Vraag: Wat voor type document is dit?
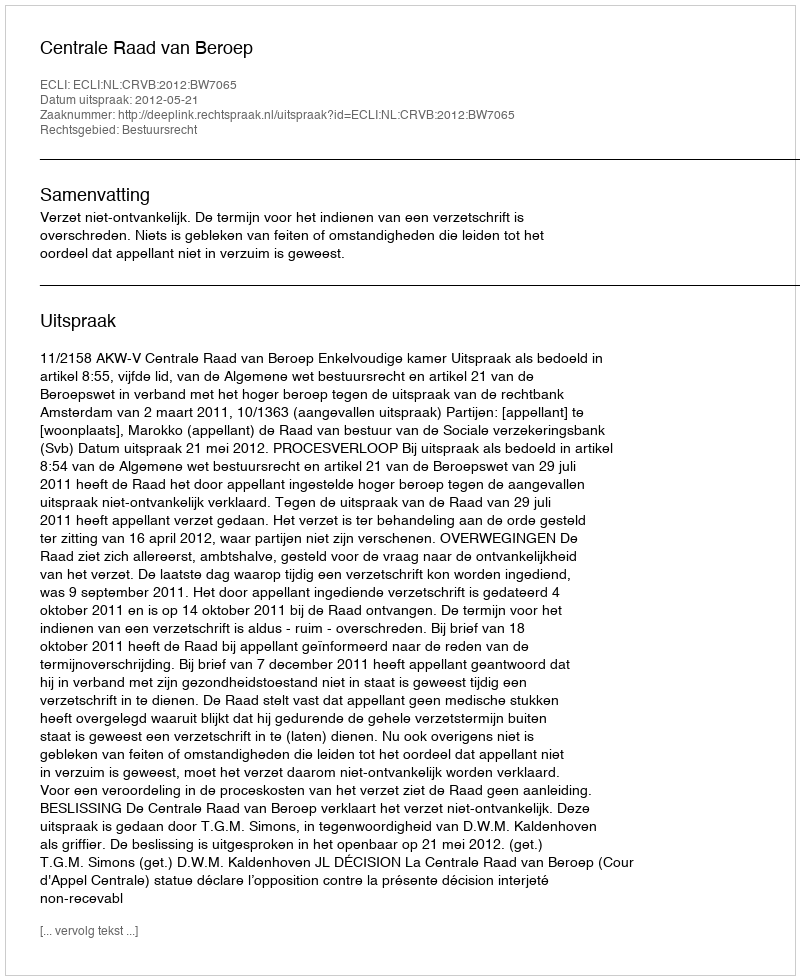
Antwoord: Uitspraak